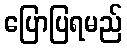
ပြောပြရမည်